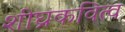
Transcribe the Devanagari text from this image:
शीघ्रकवित्व